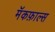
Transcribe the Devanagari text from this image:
मॅकफ़ाल्स